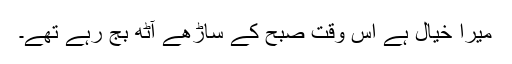
میرا خیال ہے اس وقت صبح کے ساڑھے آٹھ بج رہے تھے۔